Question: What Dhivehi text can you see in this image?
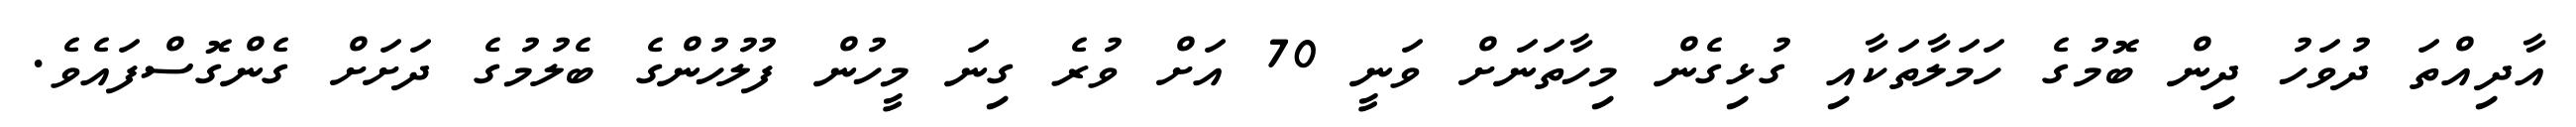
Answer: އާދިއްތަ ދުވަހު ދިން ބޮމުގެ ހަމަލާތަކާއި ގުޅިގެން މިހާތަނަށް ވަނީ 70 އަށް ވުރެ ގިނަ މީހުން ފުލުހުންގެ ބެލުމުގެ ދަށަށް ގެންގޮސްފައެވެ.